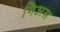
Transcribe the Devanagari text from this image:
गिअस